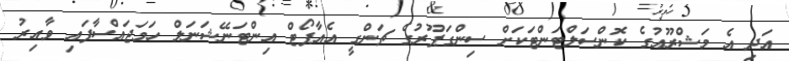
އަދި އެ މަޝްރޫއުގެ ކޮންސަލްޓަންޓަކަށް ސިންގަޕޫރުގެ ޗަންގީ އެއާޕޯޓް އިންޓަނޭޝަނަލް ހަމަޖައްސާފައި ވާއިރު